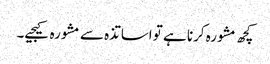
کچھ مشورہ کرنا ہے تو اساتذہ سے مشورہ کیجیے۔